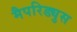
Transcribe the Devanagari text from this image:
मैपरिड्युस